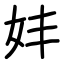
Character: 妦